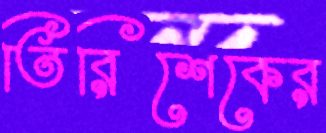
তিরিশেকের